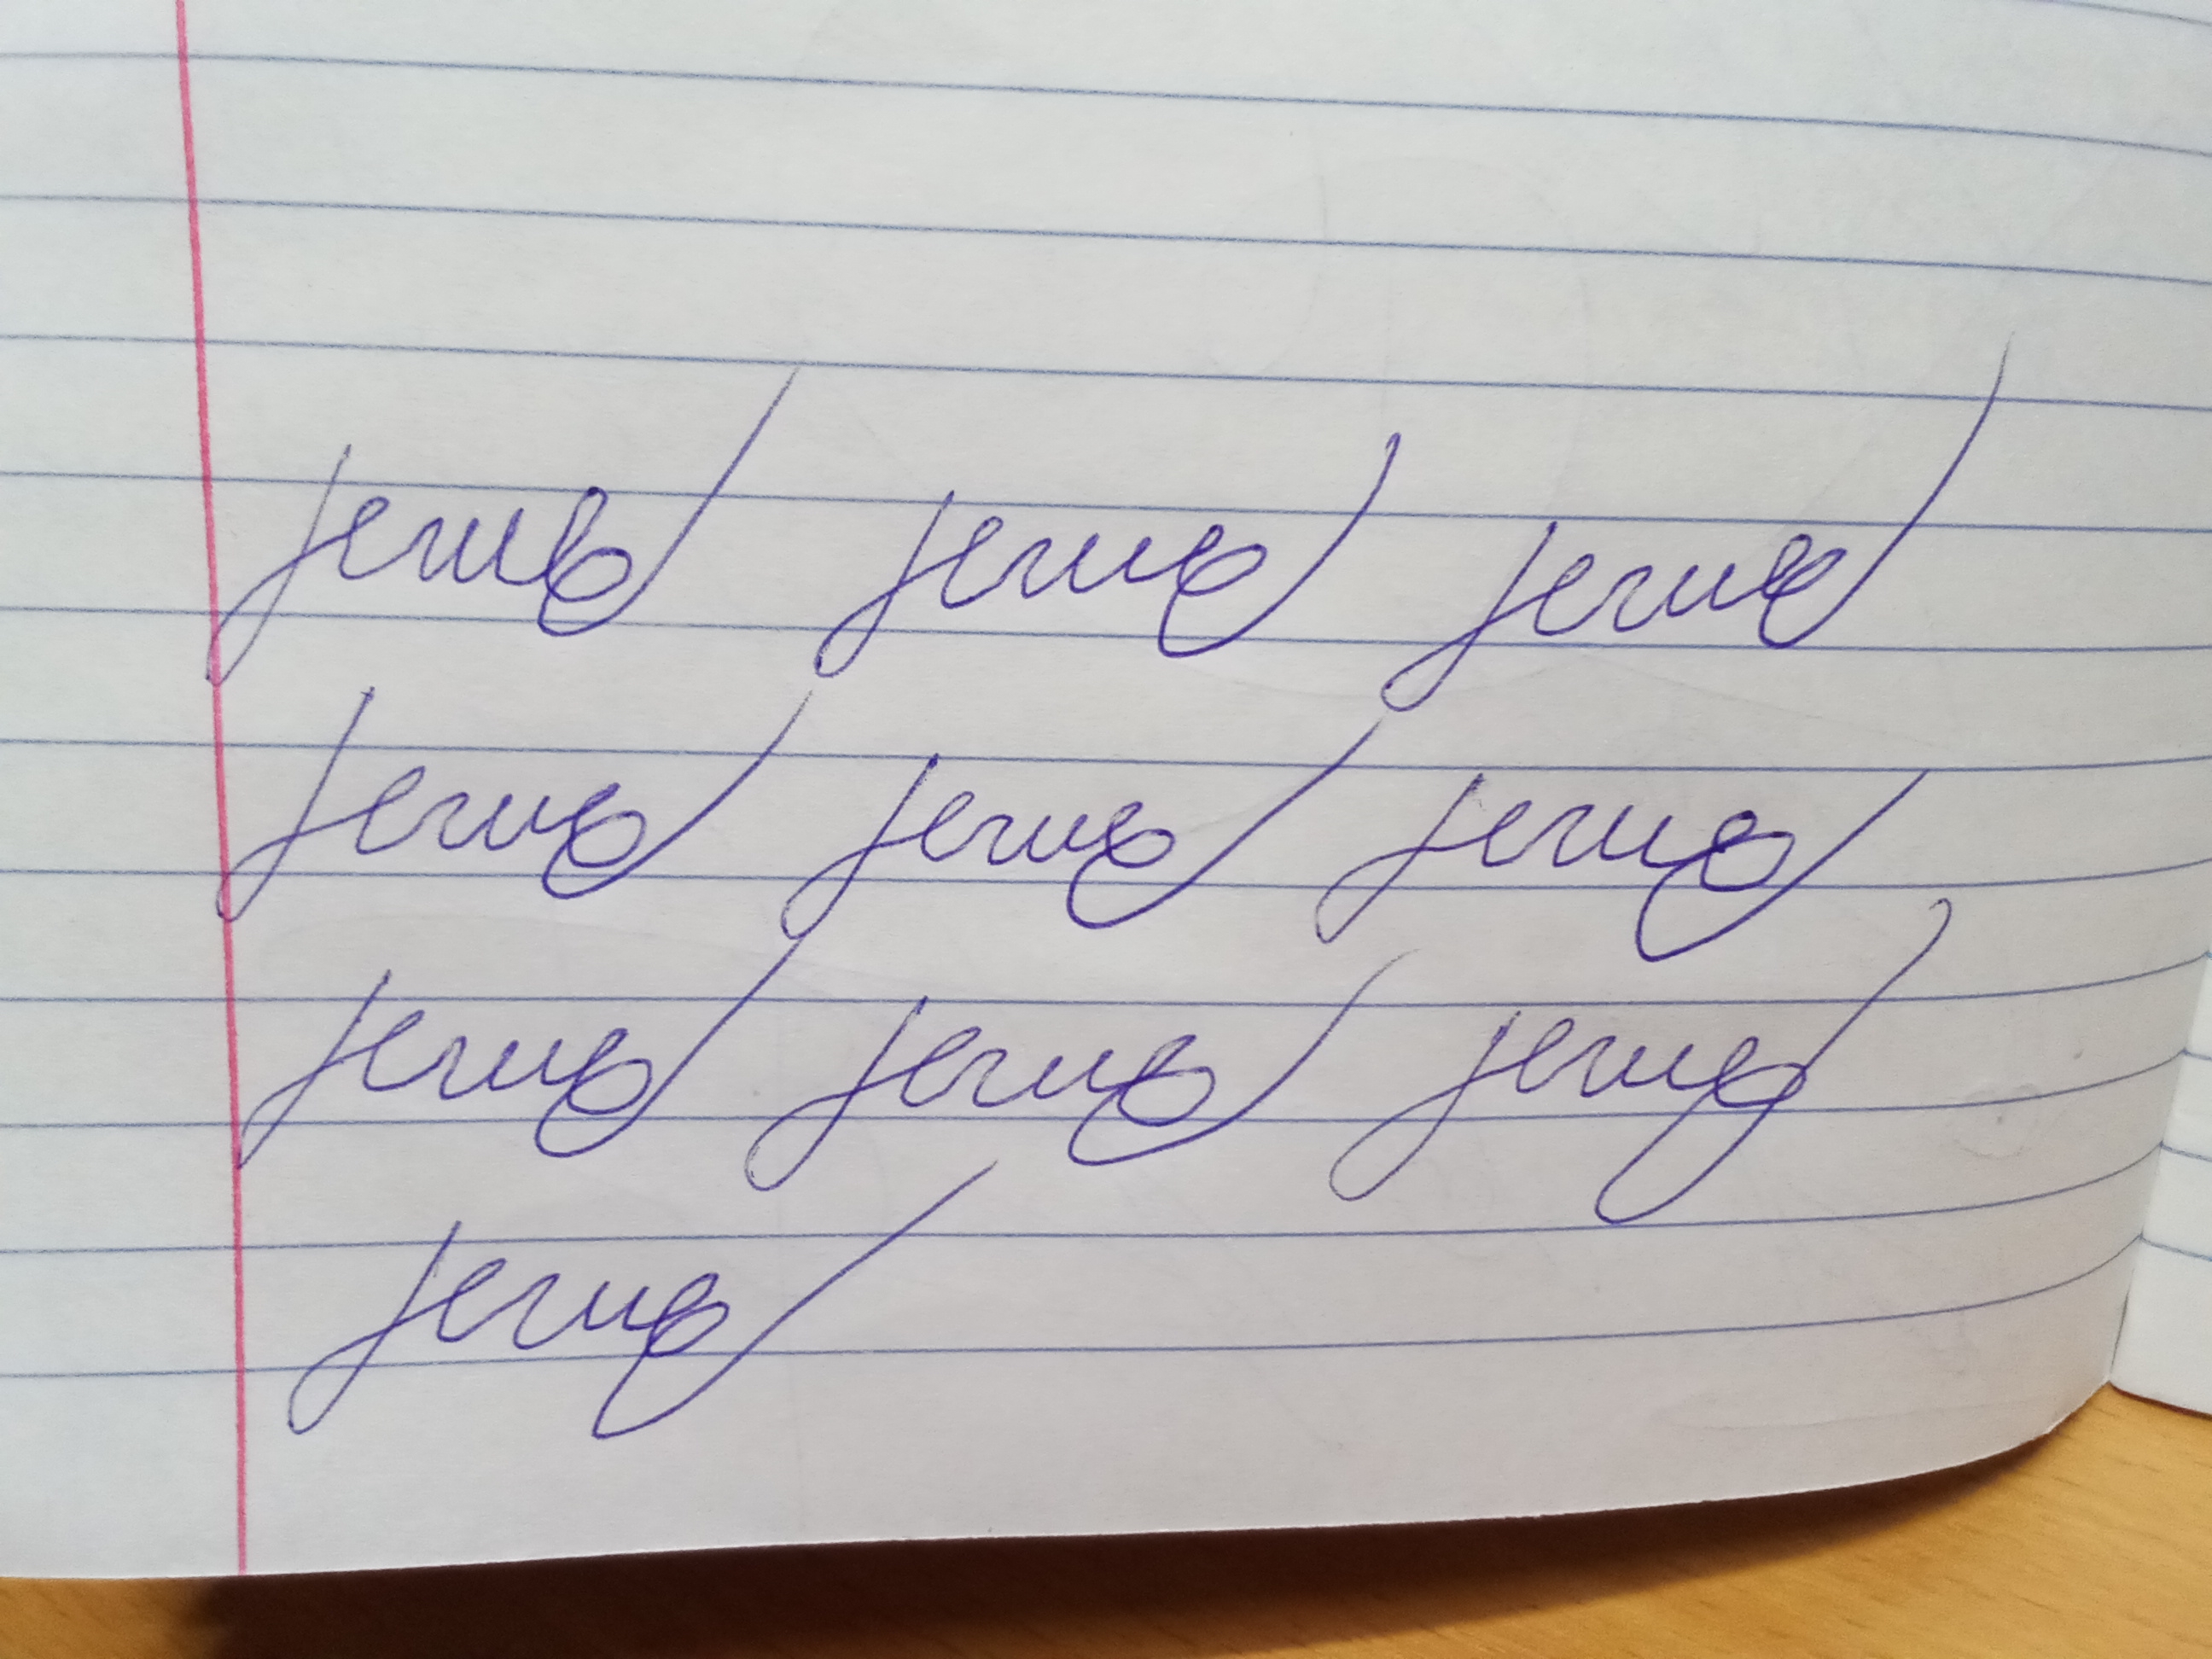
Signature authenticity: forged